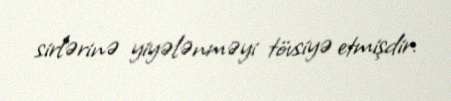
sirlərinə yiyələnməyi tövsiyə etmişdir.